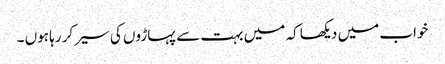
خواب میں دیکھا کہ میں بہت سے پہاڑوں کی سیر کر رہا ہوں ۔